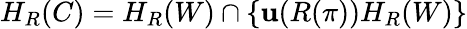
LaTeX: H_{R}(C)=H_{R}(W)\cap\left\{ \mathbf{u}(R(\pi))H_{R}(W)\right\}